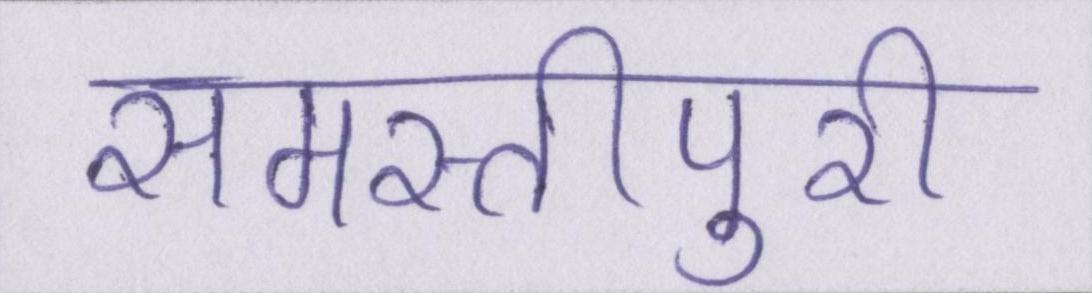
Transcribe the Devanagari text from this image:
समस्तीपुरी